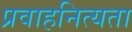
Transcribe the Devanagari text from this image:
प्रवाहनित्यता